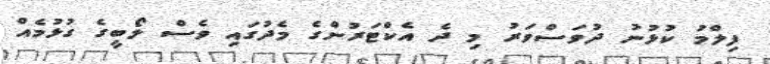
ފިލްމު ކުޅުނު ދުވަސްވަރު މި ދެ އެކްޓަރުންގެ މެދުގައި ވެސް ލޯބީގެ ގުޅުމެއް